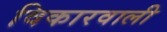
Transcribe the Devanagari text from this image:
विकारवाली